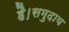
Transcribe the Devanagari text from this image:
है।समुदाय